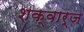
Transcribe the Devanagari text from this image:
शक्वार्ज